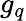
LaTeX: g_{q}